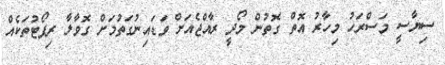
ސިޔާސީ މަސްރަހު މިހާރު އޮތް ގޮތުން މޯދީ ރާއްޖެއަށް ވަޑައިނުގަތުމަށް ގޮވާލާ ރިޕޯޓުތަކެއް